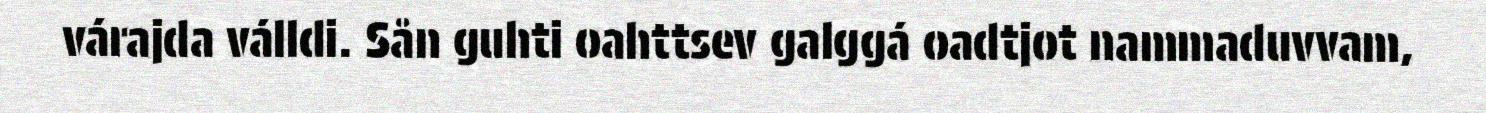
várajda válldi. Sån guhti oahttsev galggá oadtjot nammaduvvam,